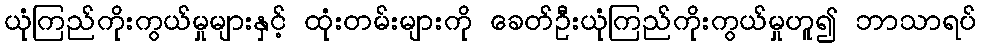
ယုံကြည်ကိုးကွယ်မှုများနှင့် ထုံးတမ်းများကို ခေတ်ဦးယုံကြည်ကိုးကွယ်မှုဟူ၍ ဘာသာရပ်